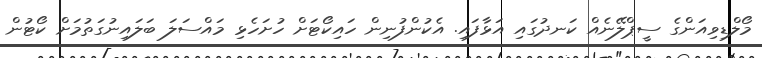
މޯލްޑިވިއަންގެ ސީޕްލޭނެއް ކަނދުގައި އަޅާފައި. އެކުންފުނިން ހައިކޯޓަށް ހުށަހެޅި މައްސަލަ ބަލައިނުގަތުމަށް ކޯޓުން